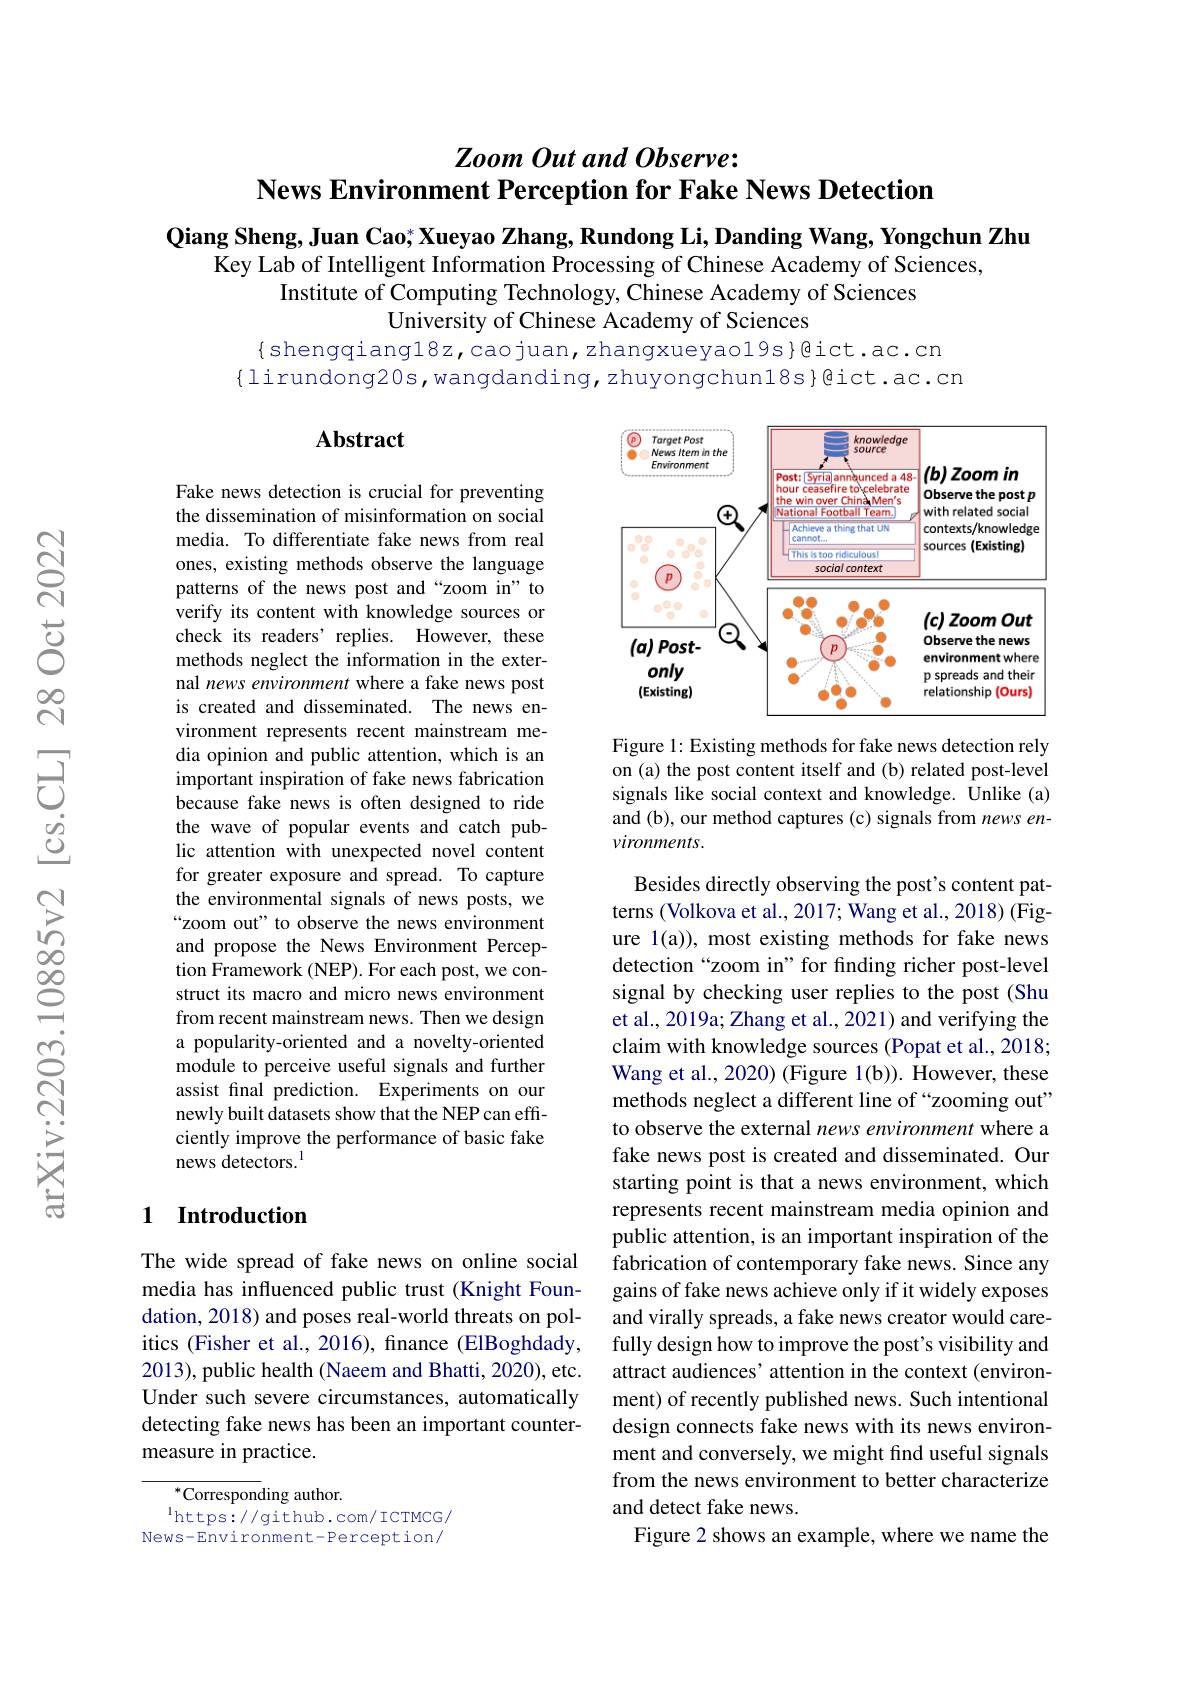
## $ZoomOutandObserve:$ News Environment Perception for Fake News Detection

$\textbf{Qiang Sheng, Juan Cao; Xueyao Zhang, Rundong Li, Danding Wang, Yongchun Zhu}$
Key Lab of Intelligent Information Processing of Chinese Academy of Sciences,
Institute of Computing Technology, Chinese Academy of Sciences
University of Chinese Academy of Sciences

$\{$shengqiangl8z,caojuan,zhangxueyao19s}色ict.ac.cn $\{$lirundong20s,wangdanding,zhuyongchun18s}@ict.ac.cn

## Abstract

<FigureHere>

Figure 1: Existing methods for fake news detection rely on (a) the post content itself and (b) related post-level signals like social context and knowledge. Ûnlike (a) and (b), our method captures (c) signals from news environments.

Fake news detection is crucial for preventing the dissemination of misinformation on social media. To differentiate fake news from real ones, existing methods observe the language patterns of the news post and“zoom in”to verify its content with knowledge sources or check its readers' replies. However, these methods neglect the information in the external news environment where a fake news post is created and disseminated. The news environment represents recent mainstream media opinion and public attention, which is an important inspiration of fake news fabrication because fake news is often designed to ride the wave of popular events and catch public attention with unexpected novel content for greater exposure and spread. To capture the environmental signals of news posts, we “zoom out" to observe the news environment and propose the News Environment Perception Framework (NEP). For each post, we construct its macro and micro news environment from recent mainstream news. Then we design a popularity-oriented and a novelty-oriented module to perceive useful signals and further assist final prediction. Experiments on our newly built datasets show that the NEP can efficiently improve the performance of basic fake news detectors.$^{\mathrm{l}}$

Besides directly observing the post's content patterns (Volkova et al., 2017; Wang et al., 2018) (Figure 1(a)), most existing methods for fake news detection“zoom in”for finding richer post-level signal by checking user replies to the post (Shu et al., 2019a; Zhang et al., 2021) and verifying the claim with knowledge sources (Popat et al., 2018; Wang et al., 2020) (Figure 1(b)). However, these methods neglect a different line of“zooming out” to observe the external news environment where a fake news post is created and disseminated. Our starting point is that a news environment, which represents recent mainstream media opinion and public attention, is an important inspiration of the fabrication of contemporary fake news. Since any gains of fake news achieve only if it widely exposes and virally spreads, a fake news creator would carefully design how to improve the post's visibility and attract audiences' attention in the context (environment) of recently published news. Such intentional design connects fake news with its news environment and conversely, we might find useful signals from the news environment to better characterize and detect fake news.
Figure 2 shows an example, where we name the

### 1 Introduction

The wide spread of fake news on online social media has influenced public trust (Knight Foundation, 2018) and poses real-world threats on politics (Fisher et al., 2016), finance (ElBoghdady, 2013), public health (Naeem and Bhatti, 2020), etc. Under such severe circumstances, automatically detecting fake news has been an important countermeasure in practice.

${}^{*}$Corresponding author.
$^{1}$https: / / github. com/ ICTMCG/ News-Environment-Perception/